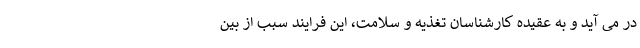
در می آید و به عقیده کارشناسان تغذیه و سلامت، این فرایند سبب از بین